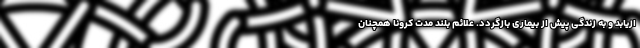
ازیابد و به زندگی پیش از بیماری بازگردد. علائم بلند مدت کرونا همچنان